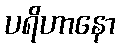
ပရိဟာနော